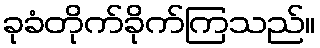
ခုခံတိုက်ခိုက်ကြသည်။